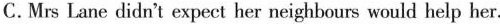
C.Mrs Lane didn't expect her neighbours would help her.